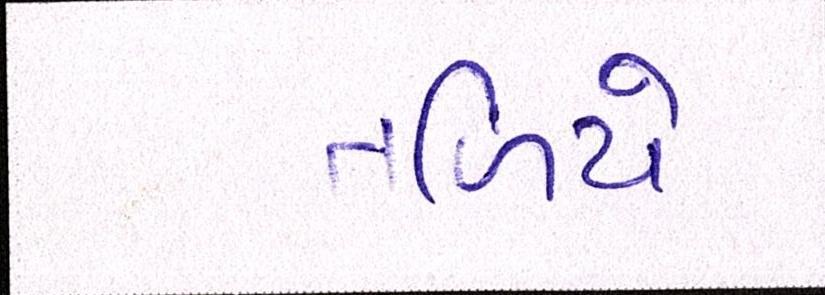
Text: તળિયે